Civil Veterinary Department. United Provinces 1923-31 - 1923-1931
Year: 1923
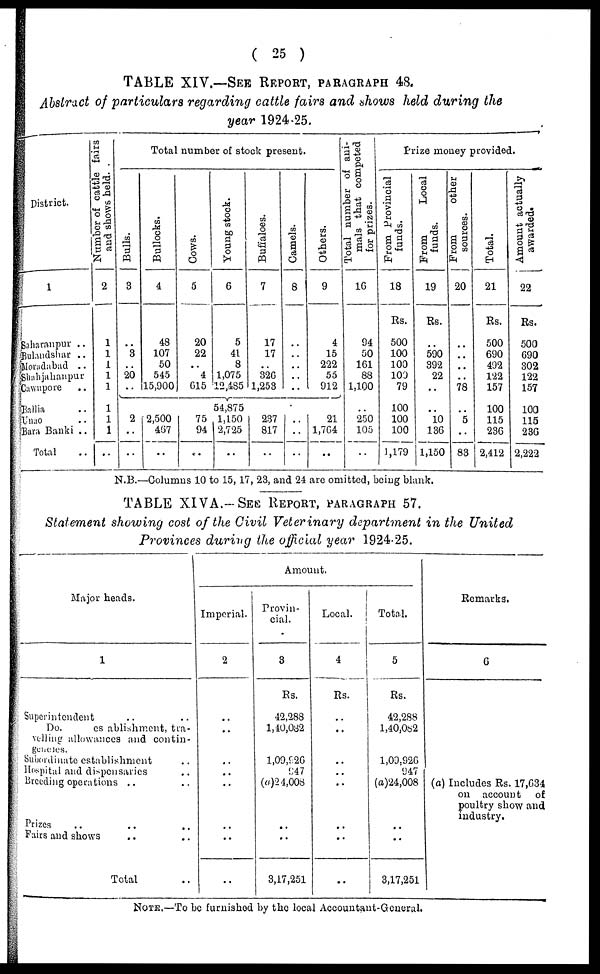
(
25 )
TABLE
XIV.—SEE
REPORT,
PARAGRAPH
48.
Abstract
of particulars
regarding
cattle fairs and shows held during
the
year 1924-25.
District.
1
Saharanpur ..
Balandshar ..
Moradabad ..
Shahjahanpur
Cawapore ..
Pallia ..
Unao ..
Bara Banki ..
Total ..
Number of cattle fairs
and shows held. .
2
1
1
1
1
1
1
1
1
..
Total number of stock present
Bulls.
3
..
3
..
20
..
..
2
..
..
Bullocks.
4
48
107
50
545
15,900
..
2,500
467
..
Cows.
5
20
22
..
4
615
Young stock.
6
5
41
8
1,075
12,485
Buffaloes.
7
17
17
..
326
1,253
..
54,875
..
75
94
..
1,150
2,725
..
237
817
..
Camels.
8
..
..
..
..
..
..
..
..
..
Others.
9
4
15
222
55
1 912
..
21
1,764
..
Total number of ani-
mals that competed
for prizes.
16
94
50
161
88
1,100
..
250
105
..
Prize money provided.
From Provincial
funds.
18
Rs.
500
100
100
10J
79
100
100
100
1,179
From
Local
funds.
19
Rs.
..
590
892
22
..
..
10
136
1,150
From
other
sources.
20
..
..
..
..
78
..
5
..
83
Total.
21
Rs.
500
690
402
122
157
100
115
236
2,412
Amount actually
awarded.
22
Rs.
500
G90
302
122
157
103
115
236
2,222
N.B.--Columns 10 to 15, 17, 23, and 21 are omitted, being blank.
TABLE
XIVA.––SEE
REPORT,
PARAGRAPH
57.
Statement
showing
cost of the Civil
Veterinary
department
in the
United
Provinces
during
the official
year
1924-25.
Major heads.
1
Saperintendent .. ..
Do.
establishment
tra-
velling allowances and contin-
generes.
Subordinate establishment ..
Hospital and dispensaries ..
Breeding operations .. ..
Prizes .. .. ..
Fairs and shows .. ..
Total ..
Amount.
Imperial.
2
..
..
..
..
..
..
..
..
Provin-
cial.
3
Rs.
42,288
1,40,032
1,09,926
947
(a)24,008
..
..
3,17,251
Local.
4
Rs.
..
..
..
..
..
..
..
..
Total.
5
Rs.
42,288
1,40,082
1,09,926
947
(a)24,008
..
..
3,17,251
Remarks.
6
(a) Includes Rs. 17,634
on account of
poultry show and
industry.
NOTE.—To be furnished by the local Accountant-General.